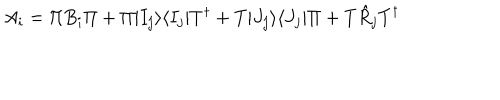
A _ { i } = \Pi B _ { i } \Pi + \Pi | I _ { j } \rangle \langle I _ { j } | T ^ { \dagger } + T | J _ { j } \rangle \langle J _ { j } | \Pi + T \hat { R } _ { j } T ^ { \dagger }